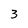
Character: 3